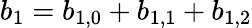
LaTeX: b_{1}=b_{1,0}+b_{1,1}+b_{1,2}